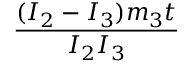
\frac { ( I _ { 2 } - I _ { 3 } ) m _ { 3 } t } { I _ { 2 } I _ { 3 } }